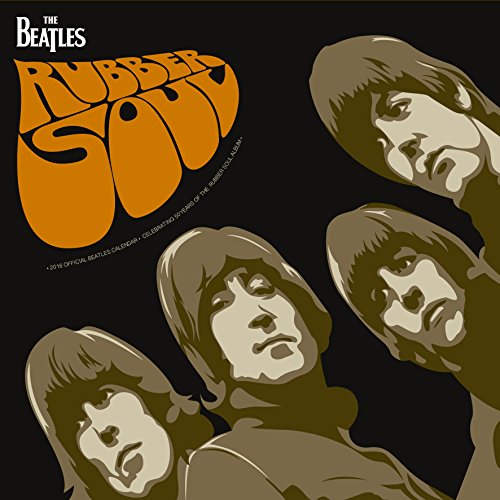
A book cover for The Official The Beatles 2016 Square Calendar; Calendars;